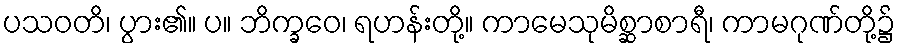
ပသဝတိ၊ ပွား၏။ ပ။ ဘိက္ခဝေ၊ ရဟန်းတို့။ ကာမေသုမိစ္ဆာစာရီ၊ ကာမဂုဏ်တို့၌